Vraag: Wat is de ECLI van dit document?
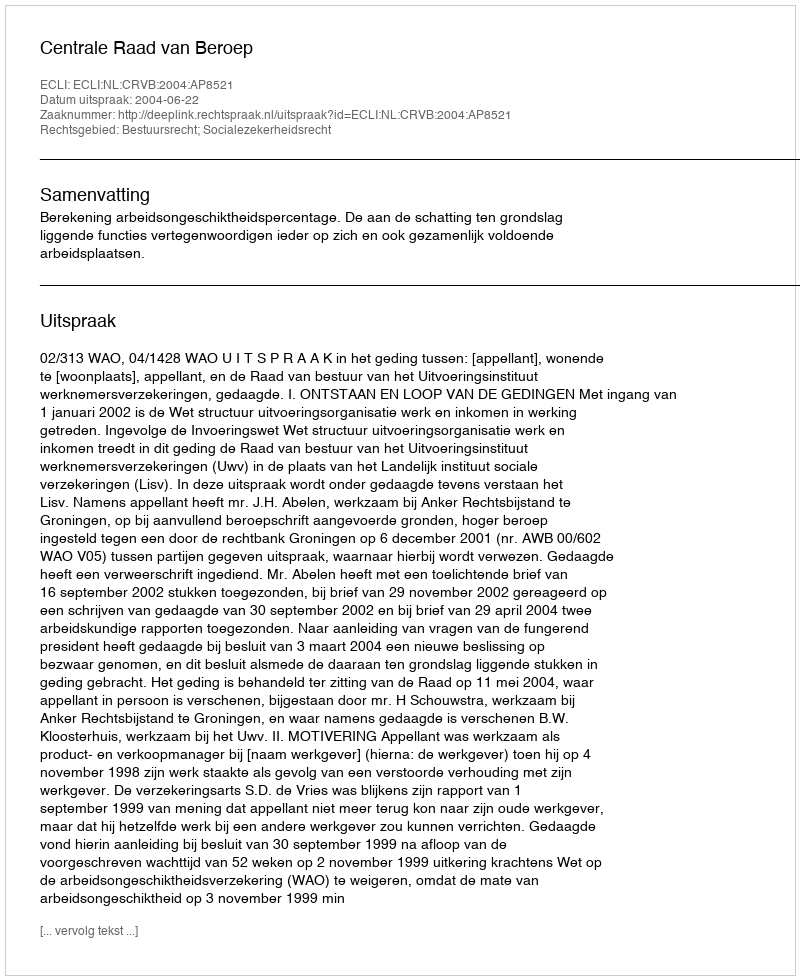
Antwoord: ECLI:NL:CRVB:2004:AP8521